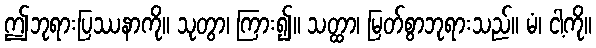
ဤဘုရားပြဿနာကို။ သုတွာ၊ ကြား၍။ သတ္ထာ၊ မြတ်စွာဘုရားသည်။ မံ၊ ငါ့ကို။